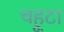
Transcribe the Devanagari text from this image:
चहूटा